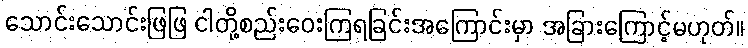
သောင်းသောင်းဖြဖြ ငါတို့စည်းဝေးကြရခြင်းအကြောင်းမှာ အခြားကြောင့်မဟုတ်။